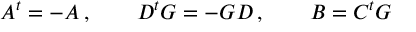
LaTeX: A ^ { t } = - A \, , \qquad D ^ { t } G = - G D \, , \qquad B = C ^ { t } G